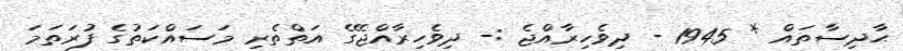
ޙާދިސާތައް * 1945 - ދިވެހިރާއްޖެ :- ދިވެހިރާއްޖޭގެ އަތްތެރި މަސައްކަތުގެ ފުރަތަމަ